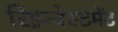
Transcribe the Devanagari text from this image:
रिइन्वेस्टमेंट